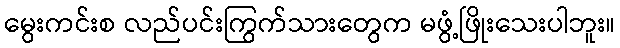
မွေးကင်းစ လည်ပင်းကြွက်သားတွေက မဖွံ့ဖြိုးသေးပါဘူး။